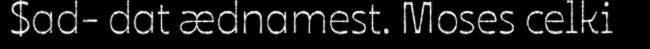
$ad- dat ædnamest. Moses celki